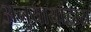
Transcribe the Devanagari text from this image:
अनुयायांद्वारा